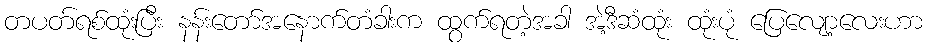
တပတ်ရစ်ထုံးပြီး နန်းတော်အနောက်တံခါးက ထွက်ရတဲ့အခါ အဲ့ဒီဆံထုံး ထုံးပုံ ပြေလျော့လေးဟာ